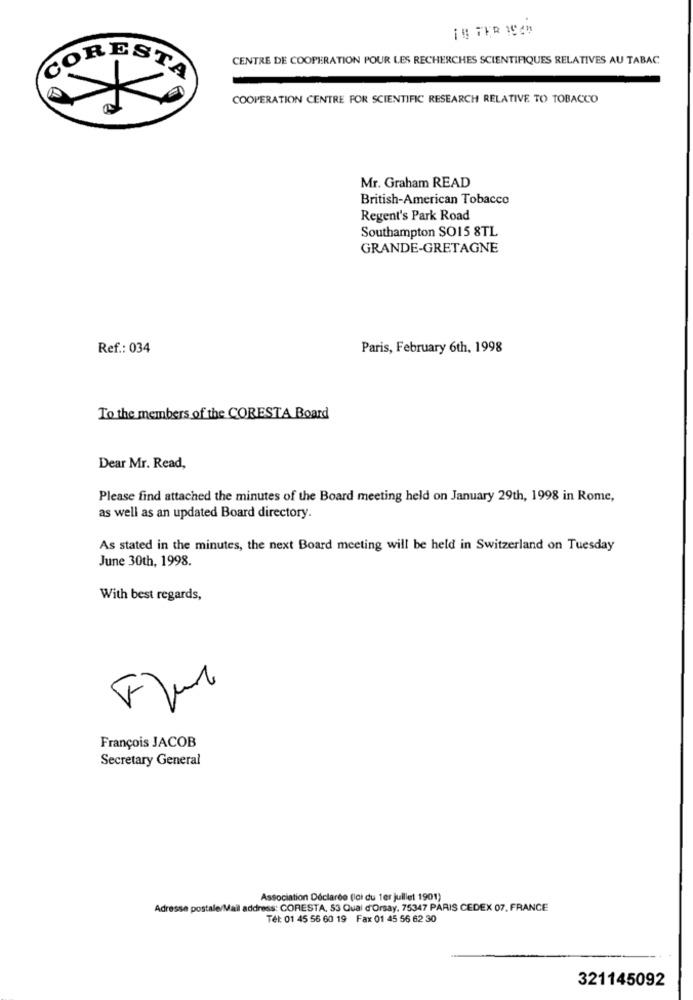
18 TER 194"
CENTRE DE COOPERATION POUR LES RECHERCHES SCIENTIFIQUES RELATIVES AU TABAC
CORESTA
COOPERATION CENTRE FOR SCIENTIFIC RESEARCH RELATIVE TO TOBACCO
Mr. Graham READ
British-American Tobacco
Regent's Park Road
Southampton SO15 8TL
GRANDE-GRETAGNE
Ref .: 034
Paris, February 6th, 1998
To the members of the CORESTA Board
Dear Mr. Read,
Please find attached the minutes of the Board meeting held on January 29th, 1998 in Rome,
as well as an updated Board directory.
As stated in the minutes, the next Board meeting will be held in Switzerland on Tuesday
June 30th, 1998.
With best regards,
François JACOB
Secretary General
Association Déclarée (loi du 1er juillet 1901)
Adresse postale/Mail address: CORESTA, 53 Qual d'Orsay, 75347 PARIS CEDEX 07, FRANCE
Tel: 01 45 56 60 19 Fax 01 45 56 62 30
321145092